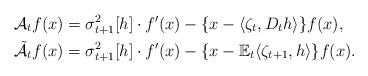
LaTeX: \begin{align*}\mathcal{A}_t f(x) &= \sigma_{t+1}^2[h]\cdot f'(x) -\{x - \langle \zeta_t, D_t h \rangle \} f(x), \\\tilde{\mathcal{A}}_t f(x) &= \sigma_{t+1}^2[h] \cdot f'(x) -\{x - \mathbb{E}_t\langle \zeta_{t+1}, h \rangle \} f(x).\end{align*}